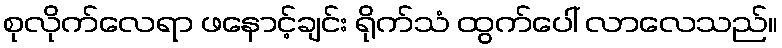
စုလိုက်လေရာ ဖနောင့်ချင်း ရိုက်သံ ထွက်ပေါ် လာလေသည်။